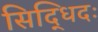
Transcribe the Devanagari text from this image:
सिद्धिदः